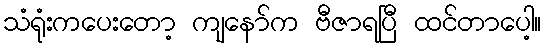
သံရုံးကပေးတော့ ကျနော်က ဗီဇာရပြီ ထင်တာပေါ့။